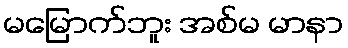
မမြောက်ဘူး အစ်မ မာနာ